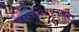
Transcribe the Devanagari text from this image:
महायुद्धादरम्यानचा